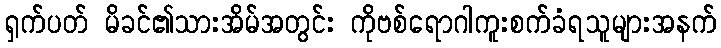
ရှက်ပတ် မိခင်၏သားအိမ်အတွင်း ကိုဗစ်ရောဂါကူးစက်ခံရသူများအနက်